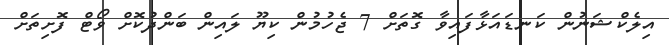
އިލެކްޝަނުން ކަނޑައަޅާފައިވާ ގޮތަށް 7 ޖެހުމުން ކިޔޫ ލައިން ބަންދުކޮށް ވޯޓް ފޮށިތަށް